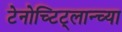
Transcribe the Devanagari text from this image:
टेनोच्टिट्लान्च्या